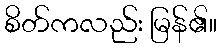
စိတ်ကလည်း မြန်၏။